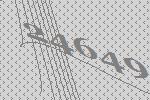
24649